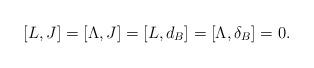
LaTeX: \begin{align*} [L,J]=[\Lambda,J]=[L,d_B]=[\Lambda,\delta_B]=0.\end{align*}